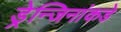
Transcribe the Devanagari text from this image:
ड्रेन्जिनांकडे